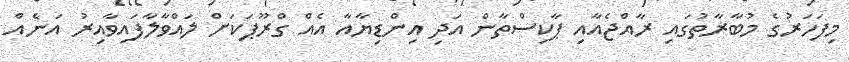
މިފަހަރުގެ މުބާރާތުގައި ރާއްޖެއާއި ޕާކިސްތާން އަދި އިންޑިޔާއާ އެއް ގްރޫޕަކަށް ލައްވާލާފައިވާއިރު އަނެއް